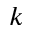
k